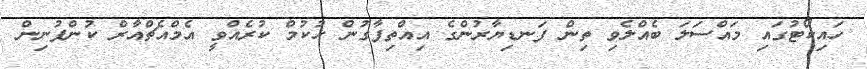
ހައިކޯޓުގައި މައްސަލަ ބެއްލެވި ތިން ފަނޑިޔާރުންގެ އިއްތިފާގުން ހުކުމް ކުރެއްވީ އެމްއެޗްއާރް ކުންފުނިން